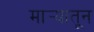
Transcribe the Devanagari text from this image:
मार्‍यातून